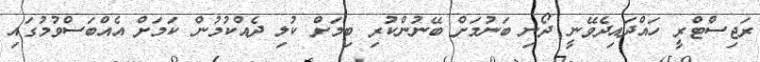
ރަޖިސްޓްރީ ހައްދައިދެވޭނީ ދޯނި ބަނުމަށް ބޭނުންކުރި ބިމަށް ކުލި ދެއްކުމުން ކަމަށް އެއްބަސްވުމުގައި